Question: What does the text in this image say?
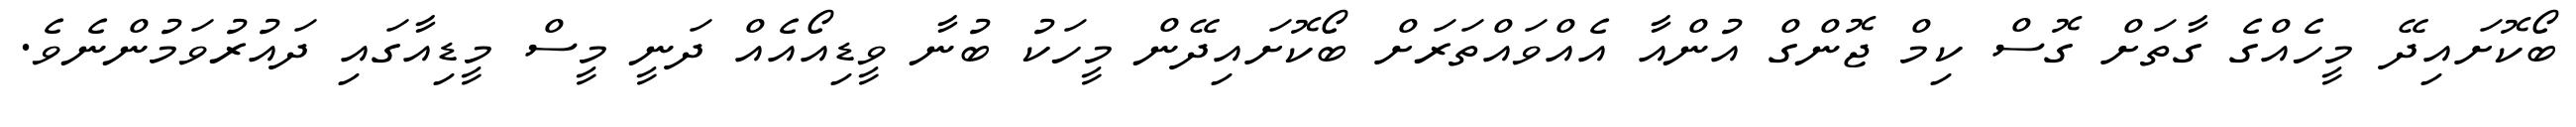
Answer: ބޯކޮށައިދޭ މީހެއްގެ ގާތަށް ގޮސް ކިމް ޖޮންގް އުންއާ އެއްވައްތަރަށް ބޯކޮށައިދޭން މީހަކު ބުނާ ވީޑިއޯއެއް ދަނީ މީސް މީޑިއާގައި ދައުރުވަމުންނެވެ.